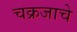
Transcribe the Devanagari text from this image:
चक्रजाचे